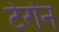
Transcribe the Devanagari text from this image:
टेरोन